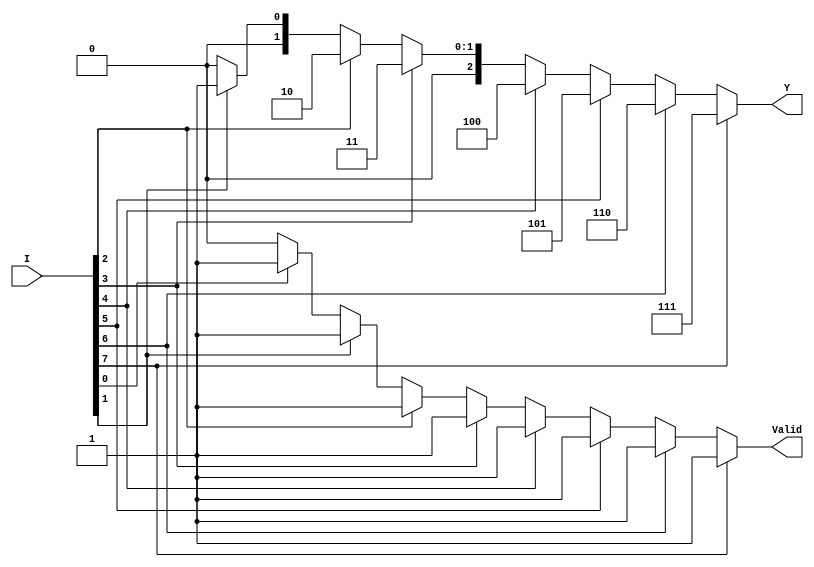
module encoder_8to3 (
    input  wire [7:0] I,    // 8 input lines
    output reg  [2:0] Y,    // 3-bit output
    output reg  Valid        // Valid signal
);

always @(*) begin
    // Default values
    Y = 3'b000;  // Default output
    Valid = 1'b0; // Default valid signal

    // Priority encoding
    if (I[7]) begin
        Y = 3'b111;
        Valid = 1'b1;
    end else if (I[6]) begin
        Y = 3'b110;
        Valid = 1'b1;
    end else if (I[5]) begin
        Y = 3'b101;
        Valid = 1'b1;
    end else if (I[4]) begin
        Y = 3'b100;
        Valid = 1'b1;
    end else if (I[3]) begin
        Y = 3'b011;
        Valid = 1'b1;
    end else if (I[2]) begin
        Y = 3'b010;
        Valid = 1'b1;
    end else if (I[1]) begin
        Y = 3'b001;
        Valid = 1'b1;
    end else if (I[0]) begin
        Y = 3'b000;
        Valid = 1'b1;
    end
end

endmodule